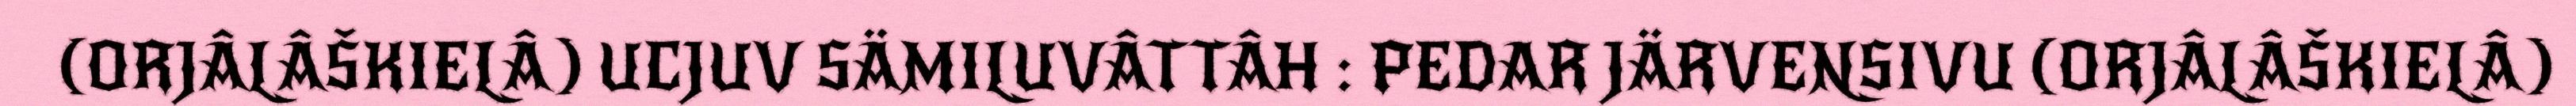
(ORJÂLÂŠKIELÂ) UCJUV SÄMILUVÂTTÂH : PEDAR JÄRVENSIVU (ORJÂLÂŠKIELÂ)